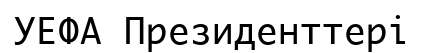
УЕФА Президенттері